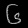
Digit: ၆